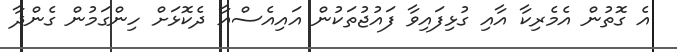
އެ ގޮތުން އެމެރިކާ އާއި ގުޅިފައިވާ ފައުޖުތަކުން އަައިއެސްއާ ދެކޮޅަށް ހިންގަމުން ގެންދާ